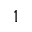
^ 1